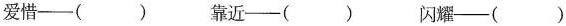
爱惜--() 靠近--() 闪耀--()